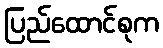
ပြည်ထောင်စုက